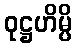
ဝုဋ္ဌဟိမ္ပိ